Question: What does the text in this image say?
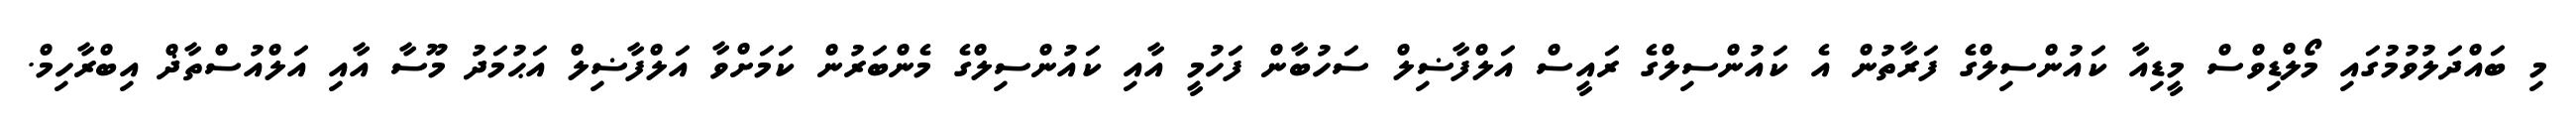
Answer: މި ބައްދަލުވުމުގައި މޯލްޑިވްސް މީޑިއާ ކައުންސިލްގެ ފަރާތުން އެ ކައުންސިލްގެ ރައީސް އަލްފާޟިލް ސަހުބާން ފަހުމީ އާއި ކައުންސިލްގެ މެންބަރުން ކަމަށްވާ އަލްފާޟިލް އަޙުމަދު މޫސާ އާއި އަލްއުސްތާޛް އިބްރާހިމް.